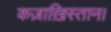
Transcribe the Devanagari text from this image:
कज़ाख़िस्तान।